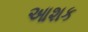
આશક